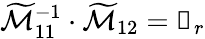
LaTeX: \widetilde{\mathcal{M}}_{11}^{-1}\cdot\widetilde{\mathcal{M}}_{12}=\mathbb{0}_{r}